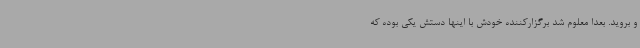
و بروید. بعدا معلوم شد برگزارکننده خودش با اینها دستش یکی بوده که